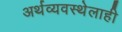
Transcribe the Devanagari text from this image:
अर्थव्यवस्थेलाही